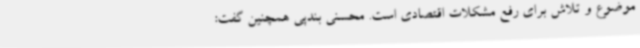
موضوع و تلاش برای رفع مشکلات اقتصادی است. محسنی بندپی همچنین گفت: